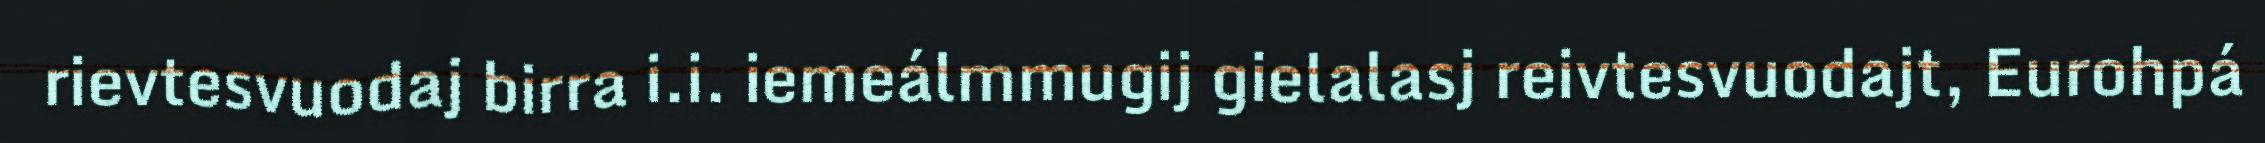
rievtesvuodaj birra i.i. iemeálmmugij gielalasj reivtesvuodajt, Eurohpá